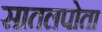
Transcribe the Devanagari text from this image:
सातलपोता